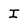
Character: I